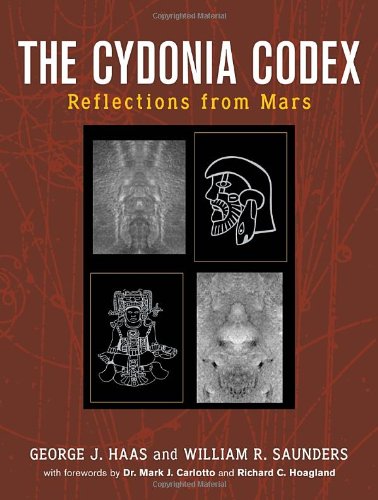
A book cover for The Cydonia Codex: Reflections from Mars; George J. Haas; Science & Math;